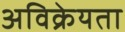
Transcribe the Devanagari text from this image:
अविक्रेयता